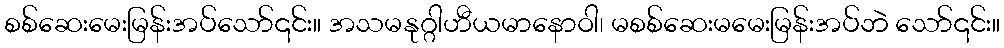
စစ်ဆေးမေးမြန်းအပ်သော်၎င်း။ အသမနုဂ္ဂါဟီယမာနောဝါ၊ မစစ်ဆေးမမေးမြန်းအပ်ဘဲ သော်၎င်း။